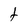
Character: t